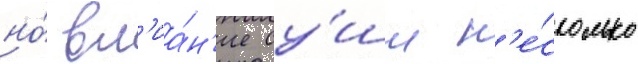
но́ вл'иа́н'ие су́ши н'е́сколько